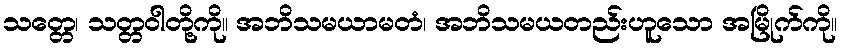
သတ္တေ၊ သတ္တဝါတို့ကို။ အဘိသမယာမတံ၊ အဘိသမယတည်းဟူသော အမြိုက်ကို။